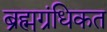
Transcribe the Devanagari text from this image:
ब्रह्मग्रंधिकत